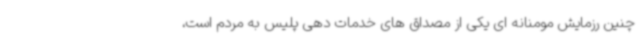
چنین رزمایش مومنانه ای یکی از مصداق های خدمات دهی پلیس به مردم است،